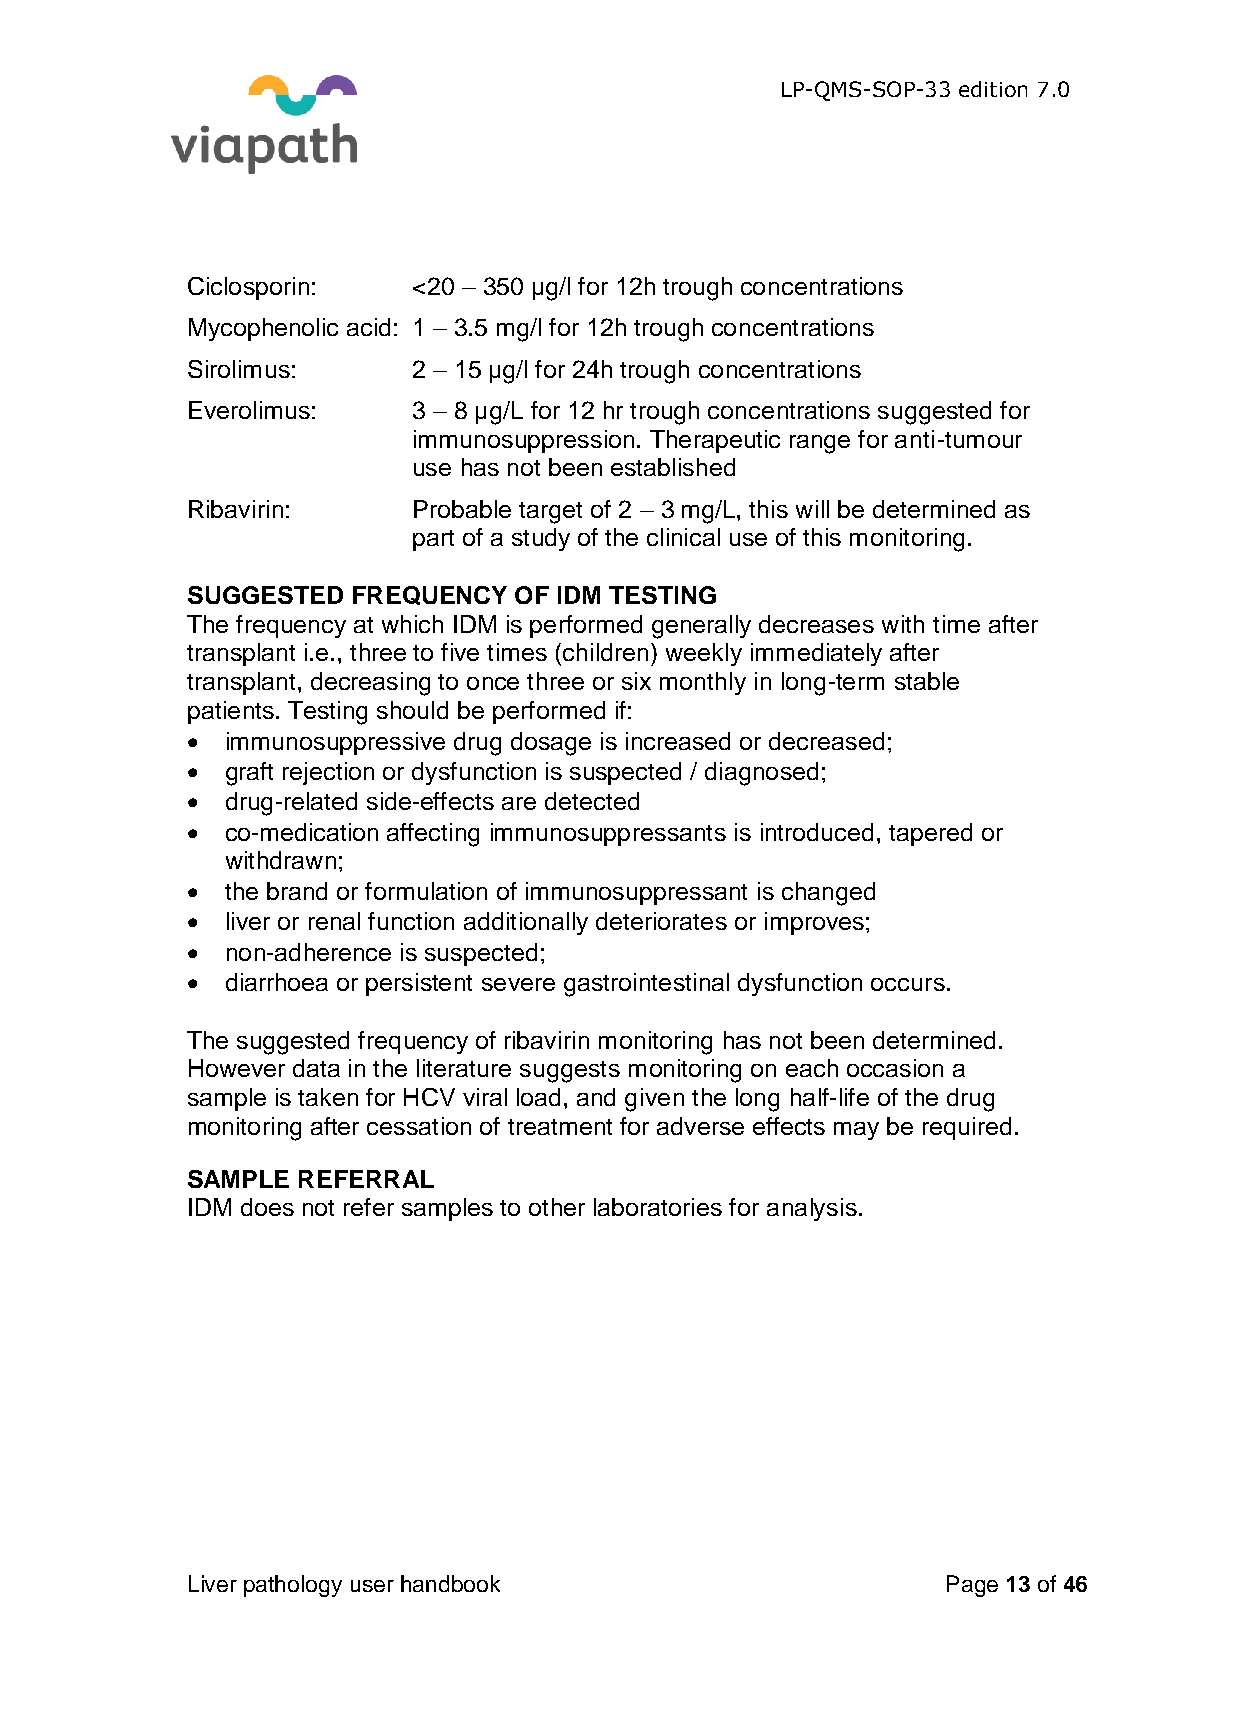
LP-QMS-SOP-33 edition 7.0
 Ciclosporin:   <20 – 350 µg/l for 12h trough concentrations
 Mycophenolic acid: 1 – 3.5 mg/l for 12h trough concentrations
 Sirolimus:     2 – 15 µg/l for 24h trough concentrations
 Everolimus:    3 – 8 µg/L for 12 hr trough concentrations suggested for
 immunosuppression. Therapeutic range for anti-tumour
 use has not been established
 Ribavirin:     Probable target of 2 – 3 mg/L, this will be determined as
 part of a study of the clinical use of this monitoring.
 SUGGESTED  FREQUENCY  OF IDM TESTING
 The frequency at which IDM is performed generally decreases with time after
 transplant i.e., three to five times (children) weekly immediately after
 transplant, decreasing to once three or six monthly in long-term stable
 patients. Testing should be performed if:
   immunosuppressive drug dosage is increased or decreased;
   graft rejection or dysfunction is suspected / diagnosed;
   drug-related side-effects are detected
   co-medication affecting immunosuppressants is introduced, tapered or
 withdrawn;
   the brand or formulation of immunosuppressant is changed
   liver or renal function additionally deteriorates or improves;
   non-adherence is suspected;
   diarrhoea or persistent severe gastrointestinal dysfunction occurs.
 The suggested frequency of ribavirin monitoring has not been determined.
 However data in the literature suggests monitoring on each occasion a
 sample is taken for HCV viral load, and given the long half-life of the drug
 monitoring after cessation of treatment for adverse effects may be required.
 SAMPLE  REFERRAL
 IDM does not refer samples to other laboratories for analysis.
 Liver pathology user handbook                      Page 13 of 46